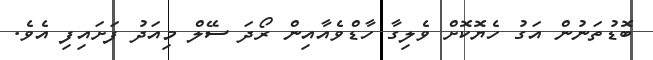
ބޮޑުތަނުން އަގު ހެޔޮކޮށް ވެލިގާ ހާޑްވެއާއިން ރޯދަ ސޭލް މިއަދު ފަށައިފި އެވެ.